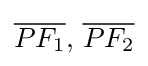
{\overline {PF_{1}}},\,{\overline {PF_{2}}}